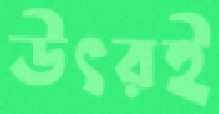
উৎরই